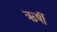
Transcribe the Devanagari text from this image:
ऋर्षी